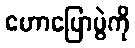
ဟောပြောပွဲကို